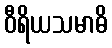
ဝီရိယသမာဓိ